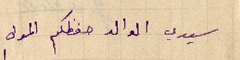
سيدي الوالد حفظكم المولى